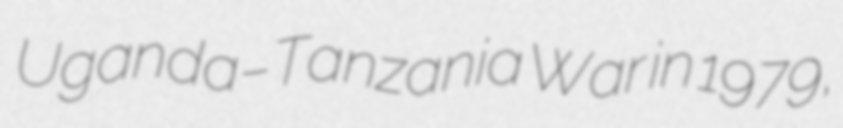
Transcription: Uganda–Tanzania War in 1979,